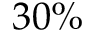
3 0 \%